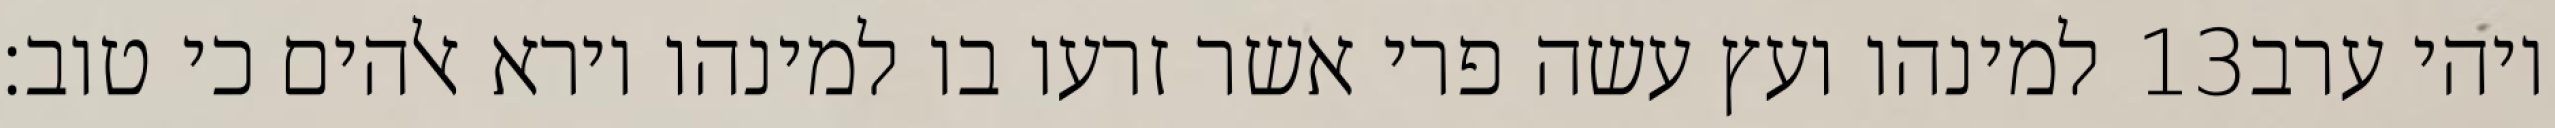
למינהו ועץ עשה פרי אשר זרעו בו למינהו וירא אלהים כי טוב׃ ‎13‏ ויהי ערב